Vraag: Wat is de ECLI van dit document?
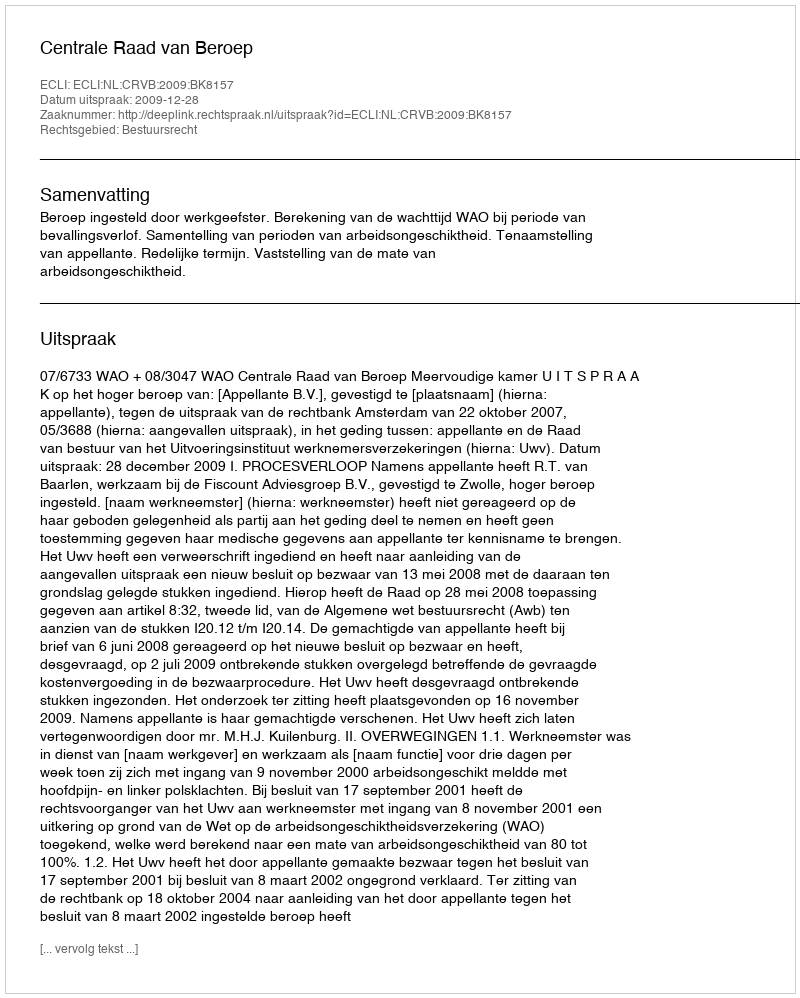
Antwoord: ECLI:NL:CRVB:2009:BK8157